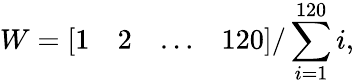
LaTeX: W=\left[\begin{array}{llll}{1}&{2}&{\ldots}&{120}\end{array}\right]/\sum_{i=1}^{120}i,